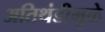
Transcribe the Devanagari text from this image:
अतिथंडीमुळे